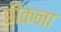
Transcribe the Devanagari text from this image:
छीकना